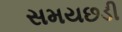
સમયછડી